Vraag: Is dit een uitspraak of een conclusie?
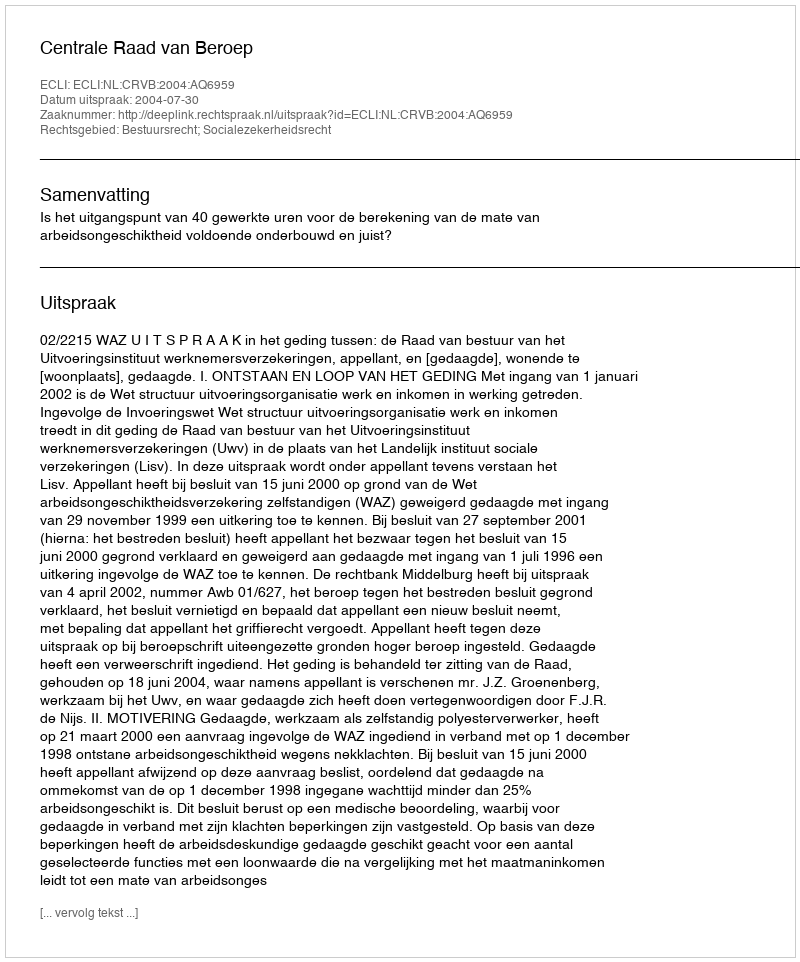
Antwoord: Uitspraak